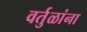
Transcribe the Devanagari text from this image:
वर्तुळांना